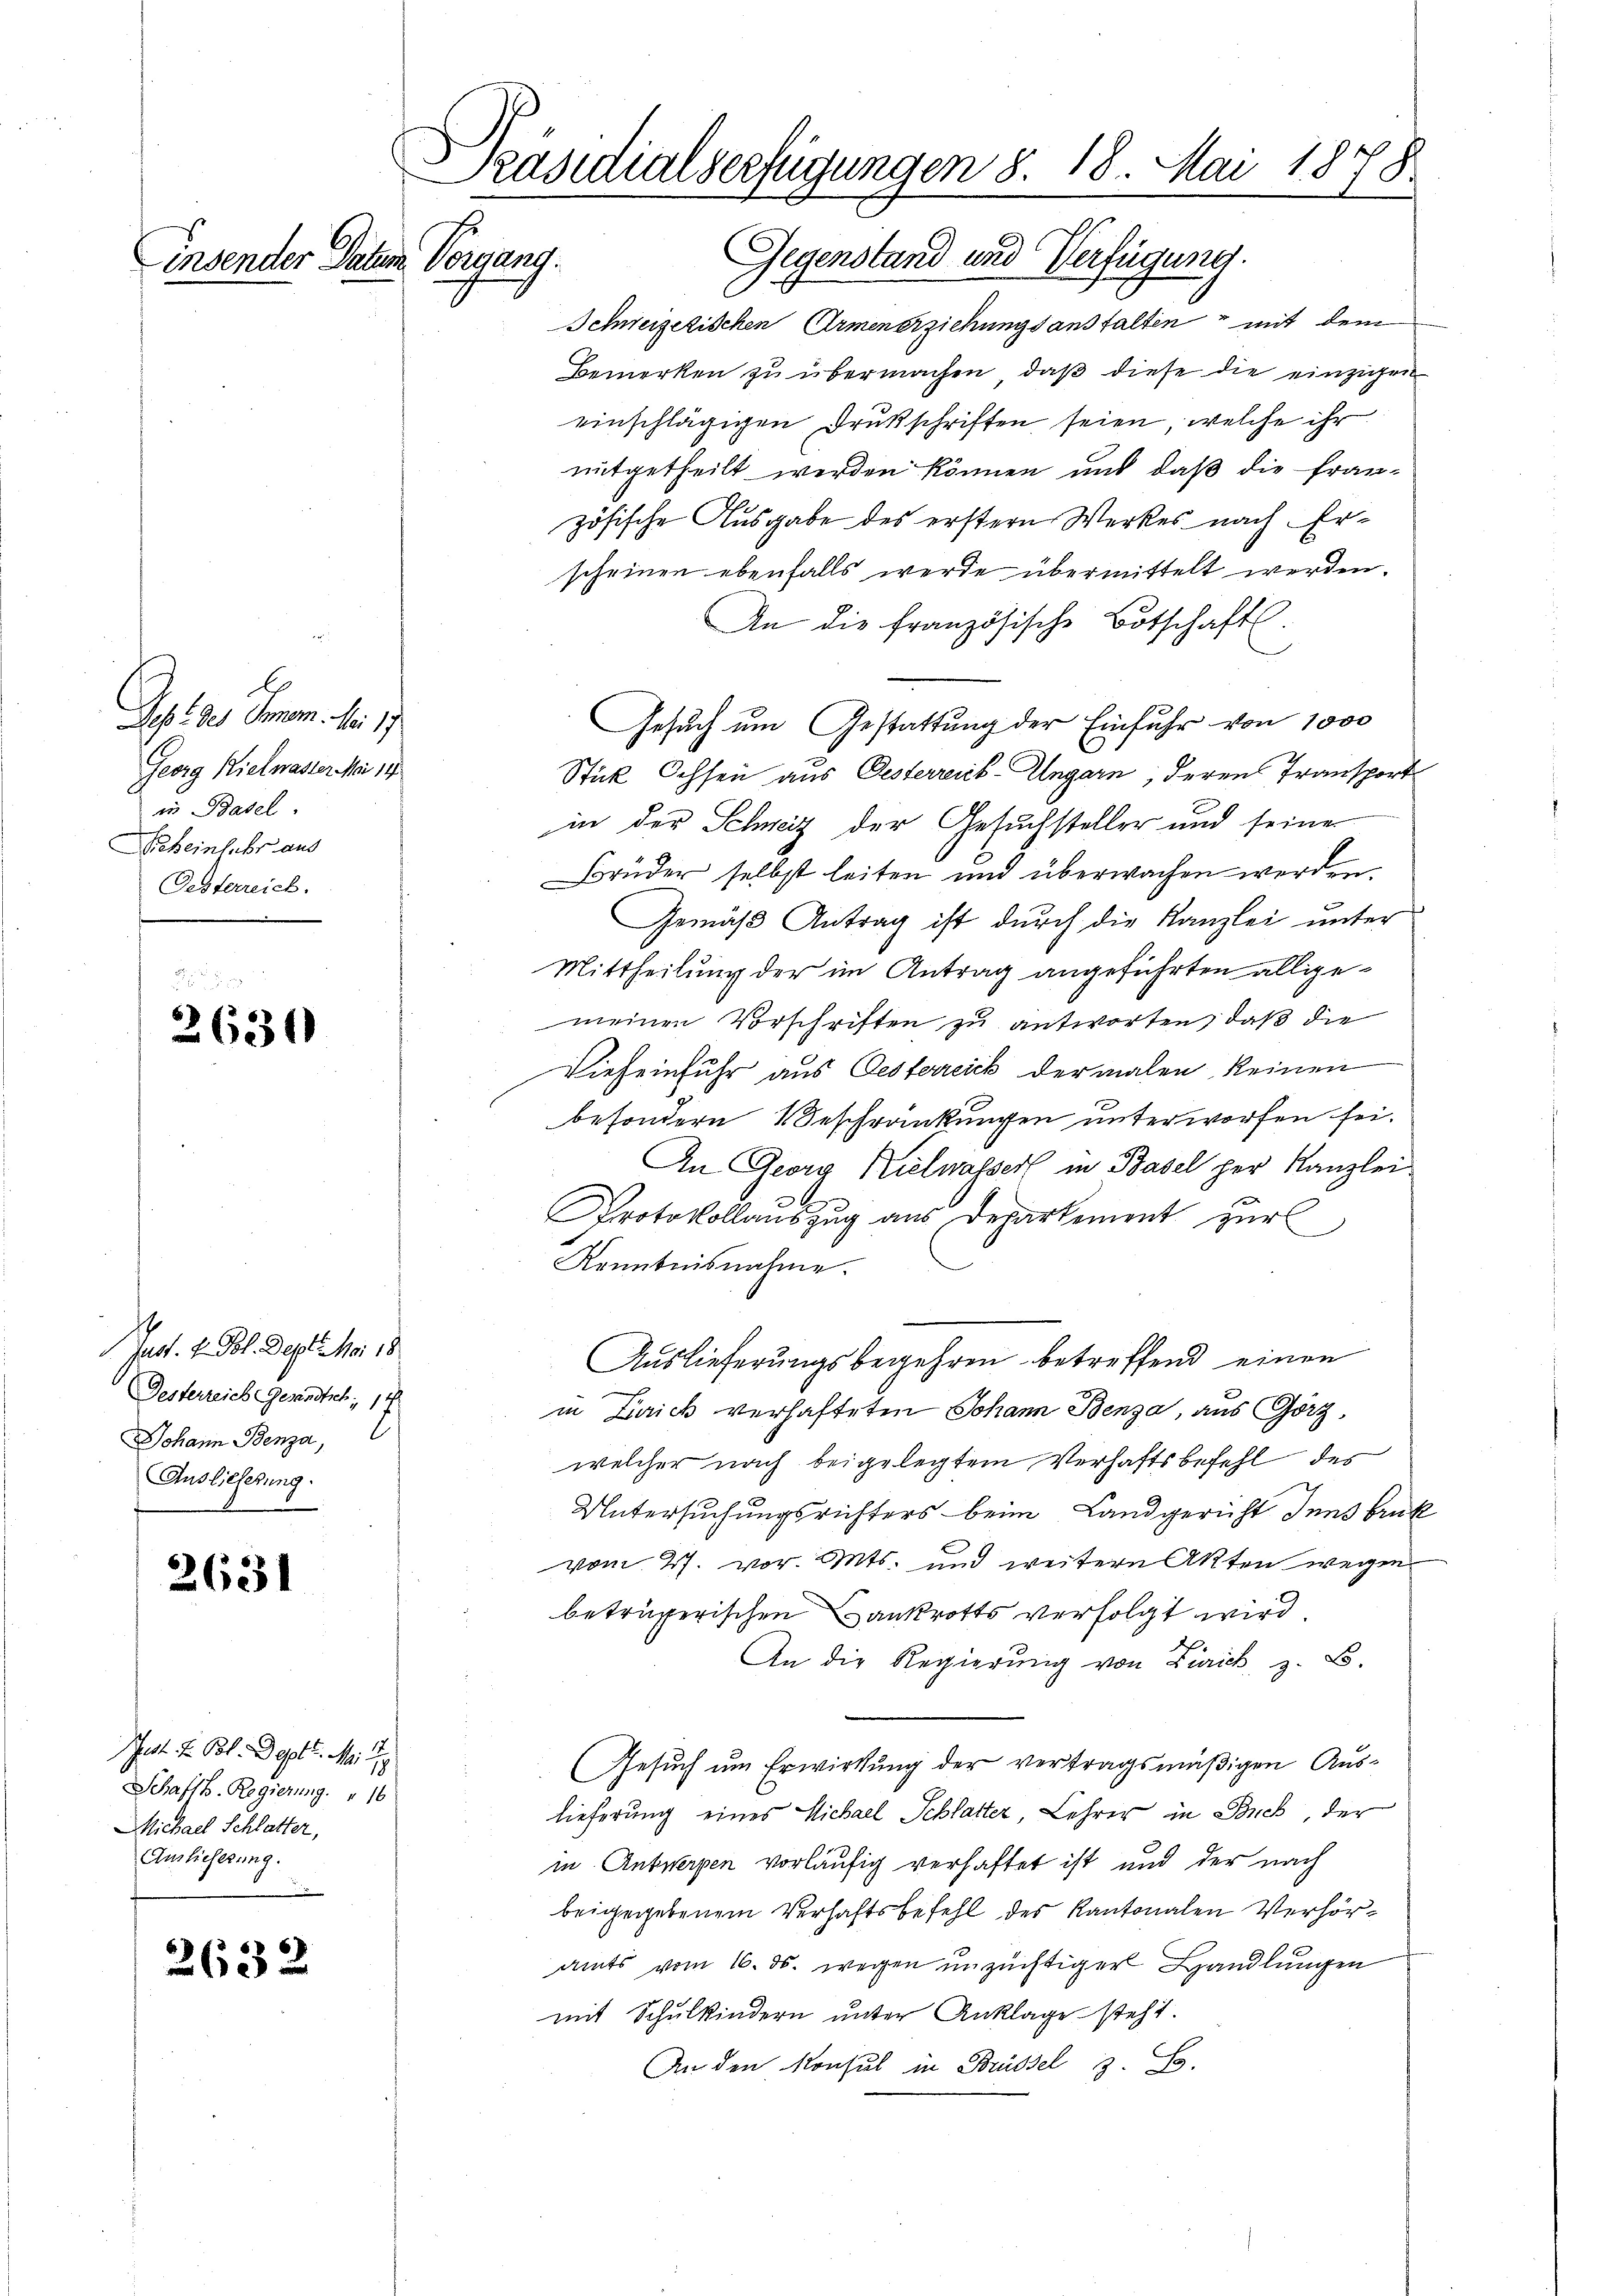
b
Dest des Gem. Mai 17
Georg Kielwasser Mai 14
in Basel
Geheinleber aus
Oesterreich.

2630

Jast. v. Bl. Dept. Mai 18
Desterreich Gesandtsch, 14
Johann Benza,
Auslieferung.

2631

.
Indt. F. Pot. Dept. Mi
Schaftl. Regierung " 16
Michael Schlatter,
Amlieferung.

2632

Präsidialverfügungen §. 18. Mai 1878.
Gegenstand und Verfügung.
Linsender Datum Vorgang.
C

Schweizerischen Armenerziehungsanstalten mit dem
Bemerken zu übermachen, daß diese die einzigen
einschlägigen Drukschriften seien, welche ihr
mitgetheilt werden können und daß die französische Ausgabe des erstern Werkes nach Erscheinen ebenfalls werde übermittelt werden.
An die französische Botschaft.
Gesuch um Gestattung der Einfuhr von 1000
Stick Ochsen aus Oesterreich-Ungarn, deren Transport
in der Schweiz der Gesuchsteller und seine
Brüder selbst leiten und überwachen werden.
Gemäß Antrag ist durch die Kanzlei unter
Mittheilung der im Antrag angeführten allgemeinen Vorschriften zu antworten, daß die
Viefeinfuhr aus Oesterreich dermalen keinen
besondern Beschränkungen unterworfen sei.
An Georg Kielwasserl in Basel per Kanzlei
Protokollauszug aus Departement zur
Kenntnisnahme.
Auslieferungsbegehren betreffend einen
s
in Zurick verhafteten Johann Benza, aus Görz,
welcher nach beigelegtem Verhaftsbefehl des
Untersuchungsrichters beim Landgericht Innsbruk
vom 27. vor. Mts. und weitern Akten wegen
beträgerischen Bankrotts verfolgt wird.
An die Regierung von Zürich, z. B.
Gesuch um Erwirkung der vertragsmäßigen Auslieferung eines Michael Schlatter Lehrer in Buch der
in Antwerpen vorläufig verhaftet ist und der nach
beigegebenem Verhaftsbefehl des Kantonalen Verhöramts vom 16. ds. wegen unzüchtiger Handlungen
mit Schulkindern unter Anklage steht.
An den Konsul in Brüssel 3. B.

m